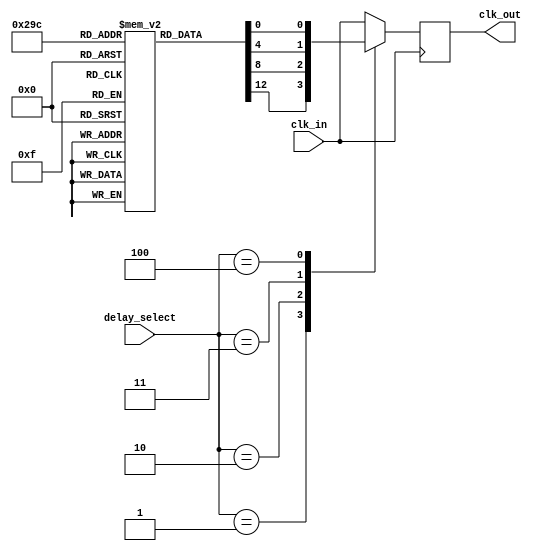
module delay_clock_buffer (
    input wire clk_in,            // Input clock signal
    input wire [2:0] delay_select, // Control signal for delay selection
    output reg clk_out            // Output delayed clock signal
);

// Parameters for delay stages (adjust as needed)
parameter DELAY_0 = 0; // No delay
parameter DELAY_1 = 1; // 1 clock cycle delay
parameter DELAY_2 = 2; // 2 clock cycles delay
parameter DELAY_3 = 3; // 3 clock cycles delay
parameter DELAY_4 = 4; // 4 clock cycles delay

// Internal registers for delay stages
reg [3:0] delay_reg [0:4]; // Delay registers for different stages

// Initializing delay registers
initial begin
    delay_reg[DELAY_0] = 4'b0000; // No delay
    delay_reg[DELAY_1] = 4'b0001; // 1 clock cycle delay
    delay_reg[DELAY_2] = 4'b0010; // 2 clock cycles delay
    delay_reg[DELAY_3] = 4'b0011; // 3 clock cycles delay
    delay_reg[DELAY_4] = 4'b0100; // 4 clock cycles delay
end

// Clock generation with delay
always @(posedge clk_in) begin
    case (delay_select)
        3'b000: clk_out <= clk_in; // No delay
        3'b001: clk_out <= delay_reg[DELAY_1][0]; // 1 clock cycle delay
        3'b010: clk_out <= delay_reg[DELAY_2][0]; // 2 clock cycles delay
        3'b011: clk_out <= delay_reg[DELAY_3][0]; // 3 clock cycles delay
        3'b100: clk_out <= delay_reg[DELAY_4][0]; // 4 clock cycles delay
        default: clk_out <= clk_in; // Default to no delay
    endcase
end

endmodule